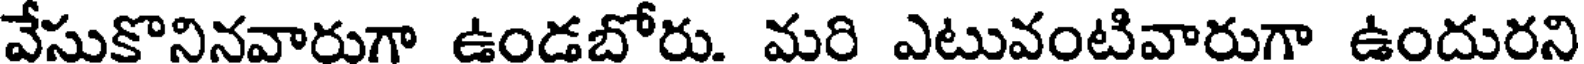
వేసుకొనినవారుగా ఉండబోరు. మరి ఎటువంటివారుగా ఉందురని